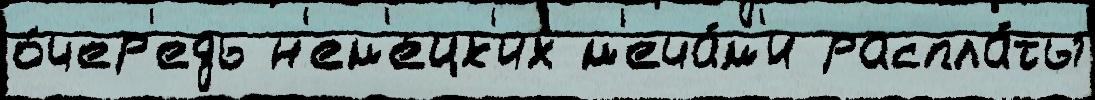
о́чер'едь н'ем'е́цк'их м'еча́м'и распла́ты